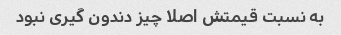
به نسبت قیمتش اصلا چیز دندون گیری نبود